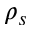
\rho _ { s }